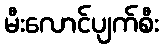
မီးလောင်ပျက်စီး